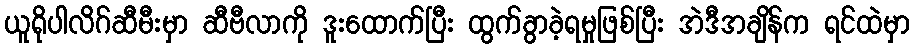
ယူရိုပါလိဂ်ဆီမီးမှာ ဆီဗီလာကို ဒူးထောက်ပြီး ထွက်ခွာခဲ့ရမှုဖြစ်ပြီး အဲဒီအချိန်က ရင်ထဲမှာ